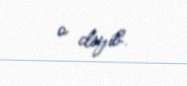
o deyib.